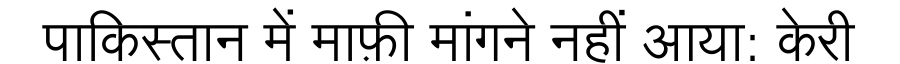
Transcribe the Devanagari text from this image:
पाकिस्तान में माफ़ी मांगने नहीं आया: केरी